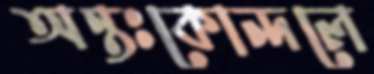
অন্তঃকোন্দলে